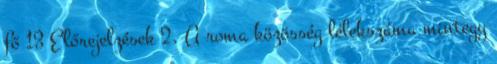
fő 13 Előrejelzések 2. A roma közösség lélekszáma mintegy